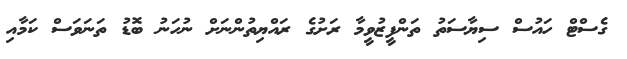
ގެސްޓް ހައުސް ސިޔާސަތު ތަންފީޒުވީމާ ރަށުގެ ރައްޔިތުންނަށް ނުހަނު ބޮޑު ތަނަވަސް ކަމާއި